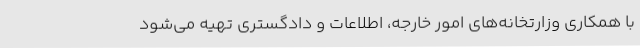
با همکاری وزارتخانه‌های امور خارجه، اطلاعات و دادگستری تهیه‌ می‌شود